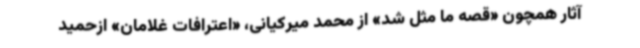
آثار همچون «قصه ما مثل شد» از محمد میرکیانی، «اعترافات غلامان» ازحمید